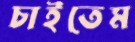
চাইতেম